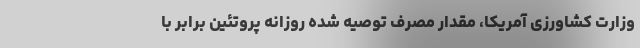
وزارت کشاورزی آمریکا، مقدار مصرف توصیه شده روزانه پروتئین برابر با